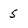
Character: 5